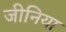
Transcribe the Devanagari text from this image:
जीनिया